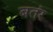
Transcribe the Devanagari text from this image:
बतंर